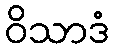
ဝိသာဒံ